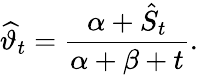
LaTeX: \widehat{\vartheta}_{t}=\frac{\alpha+\hat{S}_{t}}{\alpha+\beta+t}.